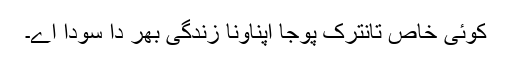
کوئی خاص تانترک پوجا اپناونا زندگی بھر دا سودا اے۔